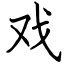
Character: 戏